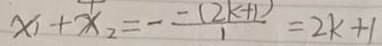
x _ { 1 } + x _ { 2 } = - \frac { - ( 2 k + 1 ) } { 1 } = 2 k + 1